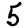
Digit: 5